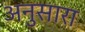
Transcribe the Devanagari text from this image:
अनुसारा